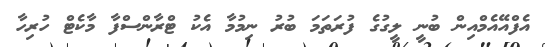
އެފްއޭއެމްއިން ބުނީ ލީގުގެ ފުރަތަމަ ބުރު ނިމުމާ އެކު ޓްރާންސްފާ މާކެޓް ހުރިހާ